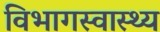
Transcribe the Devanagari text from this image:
विभागस्वास्थ्य